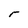
Character: r